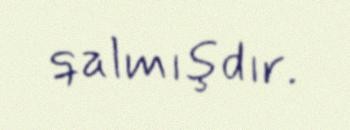
qalmışdır.